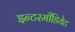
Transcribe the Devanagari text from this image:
इन्टरमीडियेट